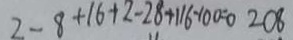
2 - 8 + 1 6 + 2 - 2 8 + 1 1 6 - 1 0 0 = 0 2 0 8